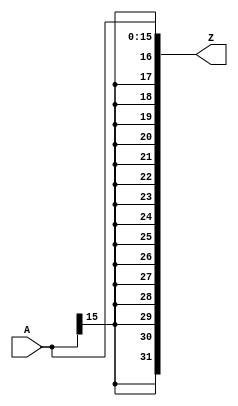
`timescale 1ns / 1ps
//////////////////////////////////////////////////////////////////////////////////
// Company: 
// Engineer: 
// 
// Design Name: 
// Module Name: Sign_extend
// Project Name: 
// Target Devices: 
// Tool Versions: 
// Description: 
// 
// Dependencies: 
// 
// Revision:
// Revision 0.01 - File Created
// Additional Comments:
// 
//////////////////////////////////////////////////////////////////////////////////


module Sign_extend(
input [15:0]A,
output [31:0]Z
    );
    
    assign Z[15:0]=A;
    assign Z[31:16]={16{A[15]}};
    
endmodule